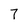
Character: 7